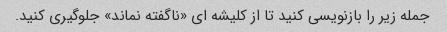
جمله زیر را بازنویسی کنید تا از کلیشه ای «ناگفته نماند» جلوگیری کنید.